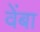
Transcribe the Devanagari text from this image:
वेंबा